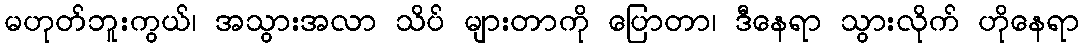
မဟုတ်ဘူးကွယ်၊ အသွားအလာ သိပ် များတာကို ပြောတာ၊ ဒီနေရာ သွားလိုက် ဟိုနေရာ